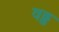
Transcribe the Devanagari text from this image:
वढ्ढ